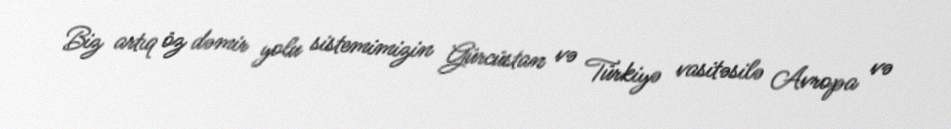
Biz artıq öz dəmir yolu sistemimizin Gürcüstan və Türkiyə vasitəsilə Avropa və